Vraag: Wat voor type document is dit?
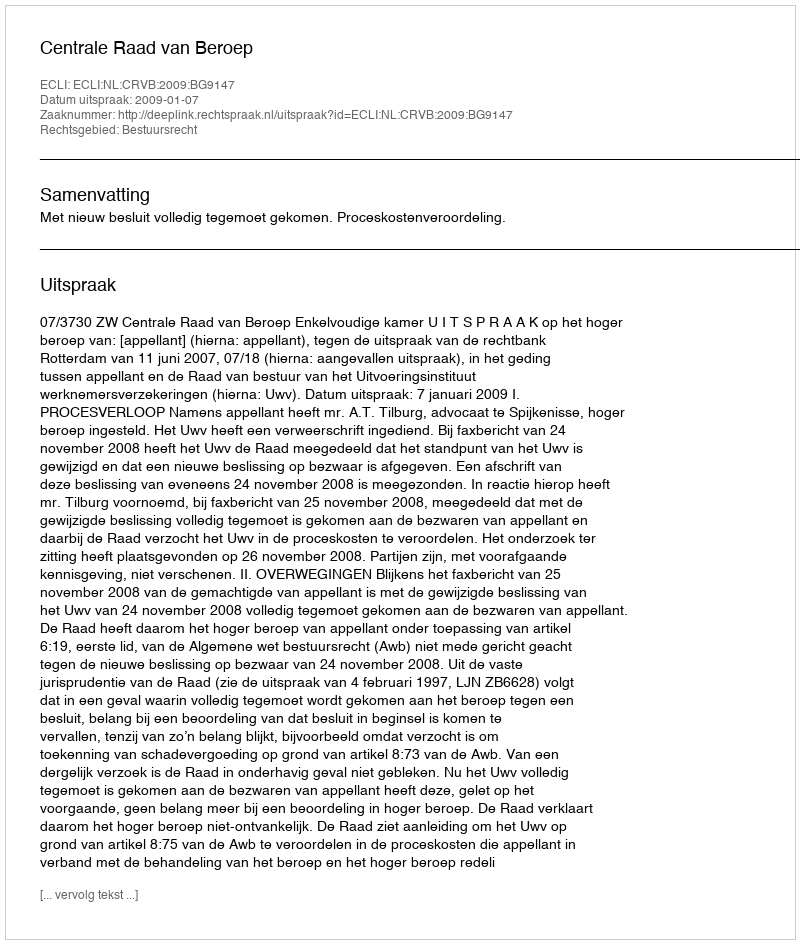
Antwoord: Uitspraak